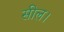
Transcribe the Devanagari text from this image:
सील।